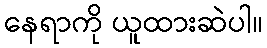
နေရာကို ယူထားဆဲပါ။